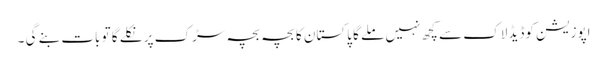
اپوزیشن کوڈیڈ لاک سے کچھ نہیں ملے گا پاکستان کا بچہ بچہ سڑک پر نکلے گا تو بات بنے گی ۔